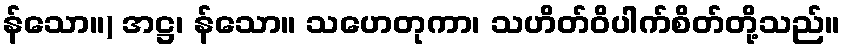
န်သော။) အဋ္ဌ၊ န်သော။ သဟေတုကာ၊ သဟိတ်ဝိပါက်စိတ်တို့သည်။